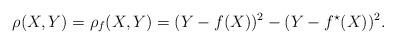
LaTeX: \begin{align*}\rho(X,Y) = \rho_f(X,Y) = (Y-f(X))^2 - (Y-f^{\star}(X))^2.\end{align*}